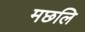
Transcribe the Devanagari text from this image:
मछलि